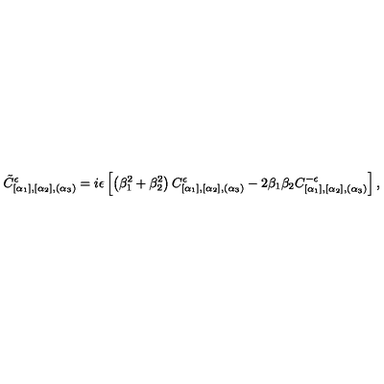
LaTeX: \tilde { C } _ { [ \alpha _ { 1 } ] , [ \alpha _ { 2 } ] , ( \alpha _ { 3 } ) } ^ { \epsilon } = i \epsilon \left[ \left( \beta _ { 1 } ^ { 2 } + \beta _ { 2 } ^ { 2 } \right) C _ { [ \alpha _ { 1 } ] , [ \alpha _ { 2 } ] , ( \alpha _ { 3 } ) } ^ { \epsilon } - 2 \beta _ { 1 } \beta _ { 2 } C _ { [ \alpha _ { 1 } ] , [ \alpha _ { 2 } ] , ( \alpha _ { 3 } ) } ^ { - \epsilon } \right] ,